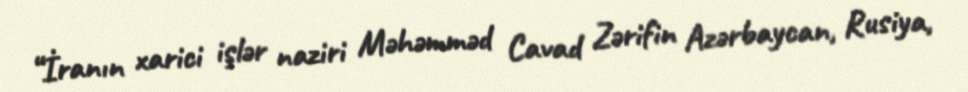
“İranın xarici işlər naziri Məhəmməd Cavad Zərifin Azərbaycan, Rusiya,